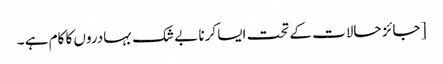
[ جائز حالات کے تحت ایسا کرنا بے شک بہادروں کا کام ہے ۔